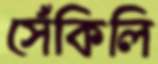
সেঁকিলি